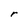
Character: r